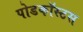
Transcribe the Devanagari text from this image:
पोडकॉस्टस